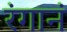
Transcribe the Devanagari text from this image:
रंगानं